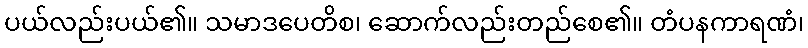
ပယ်လည်းပယ်၏။ သမာဒပေတိစ၊ ဆောက်လည်းတည်စေ၏။ တံပနကာရဏံ၊